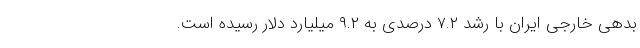
بدهی خارجی ایران با رشد ۷.۲ درصدی به ۹.۲ میلیارد دلار رسیده است.